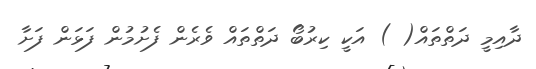
ދާއިމީ ދަތްތައް( ) އަކީ ކިރުބޯ ދަތްތައް ވެރެން ފެށުމުން ފަޅަން ފަށާ